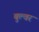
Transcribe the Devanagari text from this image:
बुल्वर